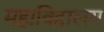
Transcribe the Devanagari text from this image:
महाविद्दालय